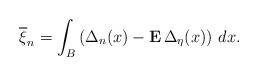
LaTeX: \begin{align*}\overline{\xi }_{n}=\int_{B}\left( \Delta _{n}(x)-{\bf E}\,\Delta _{\eta}(x)\right) \,dx. \end{align*}